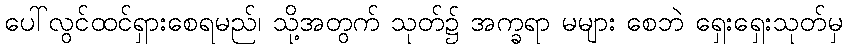
ပေါ်လွင်ထင်ရှားစေရမည်၊ သို့အတွက် သုတ်၌ အက္ခရာ မများ စေဘဲ ရှေးရှေးသုတ်မှ